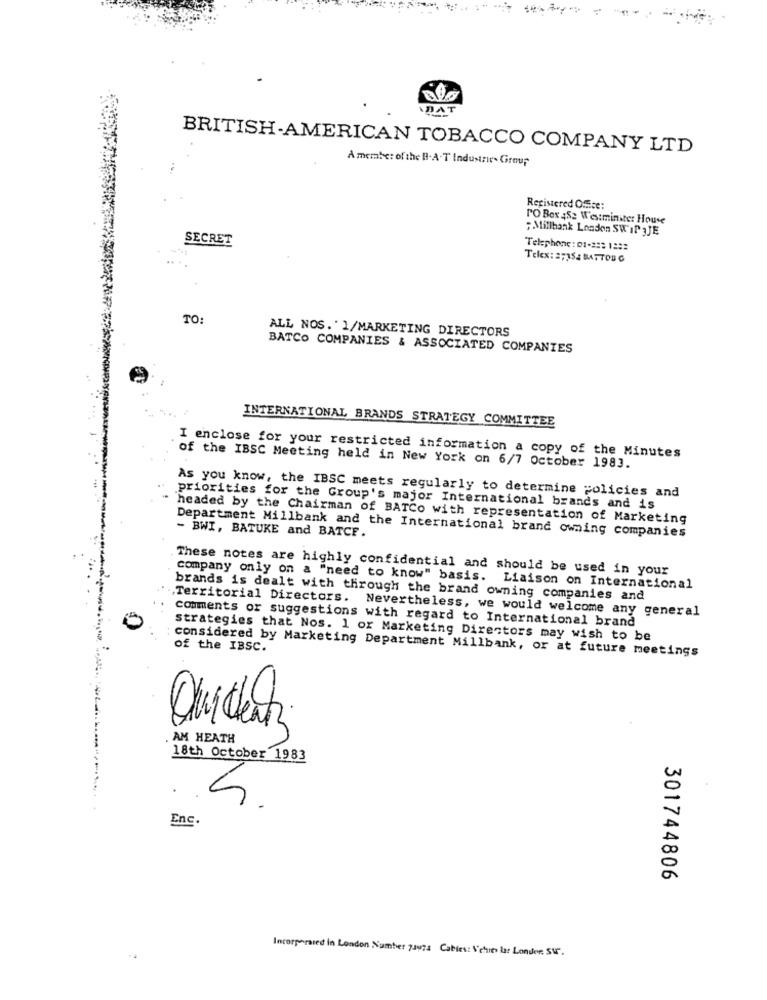
ADAT
BRITISH-AMERICAN TOBACCO COMPANY LTD
A member of the B.A.T Industrie- Group
Registered Office:
PO Box 482 Westminite: House
; Millhank London SW'IN JE
SECRET
Telephone : 01-22: 13:2
Telex: 2:35: BAT TOU G
TO
ALL NOS. ' 1/MARKETING DIRECTORS
BATCO COMPANIES & ASSOCIATED COMPANIES
INTERNATIONAL BRANDS STRATEGY COMMITTEE
I enclose for your restricted information a copy of the Minutes
of the IBSC Meeting held in New York on 6/7 October 1983.
As you know, the IBSC meets regularly to determine policies and
priorities for the Group's major International brands and is
headed by the Chairman of BATCo with representation of Marketing
Department Millbank and the International brand owning companies
- BWI, BATUKE and BATCF.
These notes are highly confidential and should be used in your
company only on a "need to know" basis. Liaison on International
brands is dealt with through the brand owning companies and
Territorial Directors. Nevertheless, we would welcome any general
comments or suggestions with regard to International brand
strategies that Nos. 1 or Marketing Directors may wish to be
of the IBSC.
considered by Marketing Department Millbank, or at future meetings
AM HEATH
18th October 1983
Enc.
301744806
Incorporated in London Number 71924 Cables: Schies lar Longer. Sur.